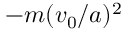
- m ( v _ { 0 } / a ) ^ { 2 }